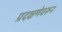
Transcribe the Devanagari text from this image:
प्रदक्षणेवरून